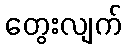
တွေးလျက်